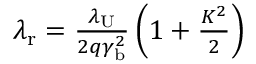
\begin{array} { r } { \lambda _ { \mathrm { r } } = \frac { \lambda _ { \mathrm { U } } } { 2 q \gamma _ { \mathrm { b } } ^ { 2 } } \left( 1 + \frac { K ^ { 2 } } { 2 } \right) } \end{array}